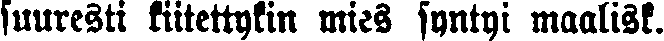
suuresti kiitettykin mies syntyi maalisk.